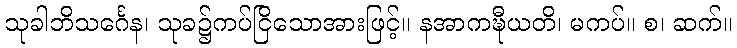
သုခါဘိသင်္ဂေန၊ သုခ၌ကပ်ငြိသောအားဖြင့်။ နအာကဍ္ဎီယတိ၊ မကပ်။ စ၊ ဆက်။